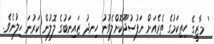
' މާޒީގެ ހިތިކަމުގެ ތެރެއަށް ނަފުސުދޫކޮށްލެވުނު ހިނދު ޒައިނަބުގެ ލޮލުން ކަރުނަ ހިލުނެވެ.